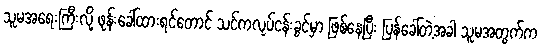
သူမအရေးကြီးလို့ ဖုန်းခေါ်ထားရင်တောင် သင်ကလုပ်ငန်းခွင်မှာ ဖြစ်နေပြီး ပြန်ခေါ်တဲ့အခါ သူမအတွက်က